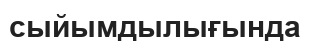
сыйымдылығында